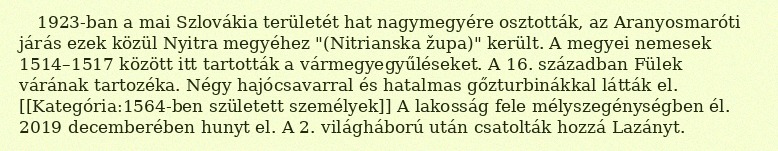
1923-ban a mai Szlovákia területét hat nagymegyére osztották, az Aranyosmaróti járás ezek közül Nyitra megyéhez "(Nitrianska župa)" került. A megyei nemesek 1514–1517 között itt tartották a vármegyegyűléseket. A 16. században Fülek várának tartozéka. Négy hajócsavarral és hatalmas gőzturbinákkal látták el. [[Kategória:1564-ben született személyek]] A lakosság fele mélyszegénységben él. 2019 decemberében hunyt el. A 2. világháború után csatolták hozzá Lazányt.